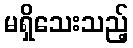
မရှိသေးသည့်